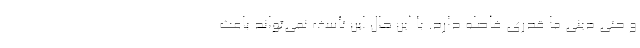
و حتی دینی ما قدری فاصله دارد. با این حال این تأسف نمی‌تواند باعث